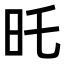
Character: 𣅒